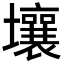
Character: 壤